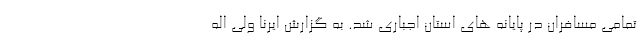
تمامی مسافران در پایانه های استان اجباری شد. به گزارش ایرنا ولی اله